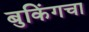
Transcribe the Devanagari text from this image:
बुकिंगचा